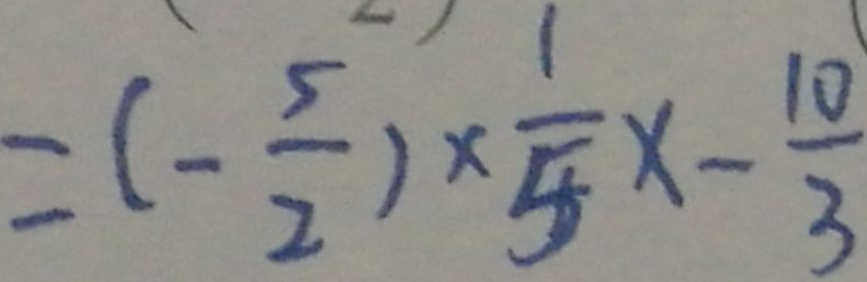
= ( - \frac { 5 } { 2 } ) \times \frac { 1 } { 5 } x - \frac { 1 0 } { 3 }